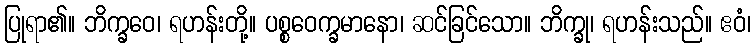
ပြုရာ၏။ ဘိက္ခဝေ၊ ရဟန်းတို့။ ပစ္စဝေက္ခမာနော၊ ဆင်ခြင်သော။ ဘိက္ခု၊ ရဟန်းသည်။ ဧဝံ၊